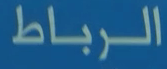
الرباط